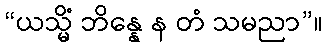
“ယသ္မိံ ဘိန္နေ န တံ သမညာ”။